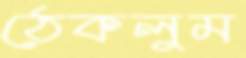
ঠেকলুম